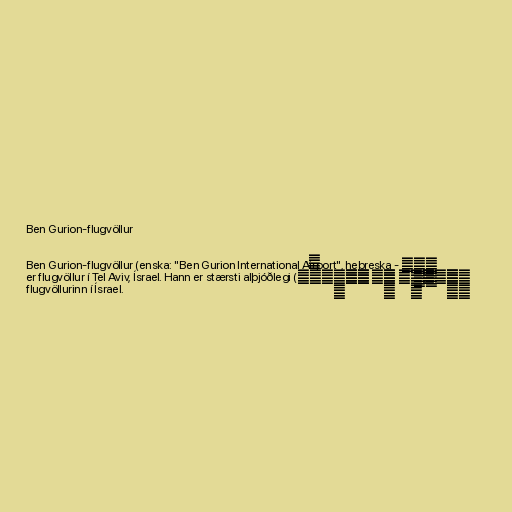
Ben Gurion-flugvöllur

Ben Gurion-flugvöllur (enska: "Ben Gurion International Airport", hebreska - נְמַל
הַתְּעוּפָה בֵּן גּוּרְיוֹן) er flugvöllur í Tel Aviv, Ísrael. Hann er stærsti alþjóðlegi
flugvöllurinn í Ísrael.